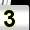
Digit: 3